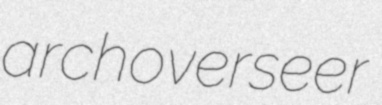
archoverseer